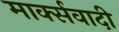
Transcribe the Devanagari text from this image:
मार्क्सवादी